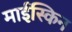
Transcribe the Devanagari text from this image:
माईस्किन